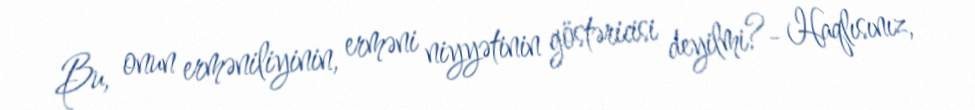
Bu, onun erməniliyinin, erməni niyyətinin göstəricisi deyilmi?- Haqlısınız,